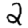
Digit: 2